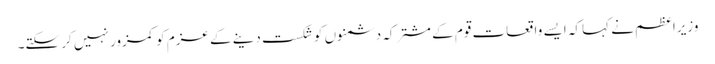
وزیراعظم نے کہا کہ ایسے واقعات قوم کے مشترکہ دشمنوں کو شکست دینے کے عزم کو کمزور نہیں کر سکتے۔